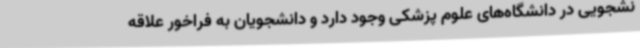
نشجویی در دانشگاه‌های علوم پزشکی وجود دارد و دانشجویان به فراخور علاقه